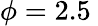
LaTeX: \phi=2.5\